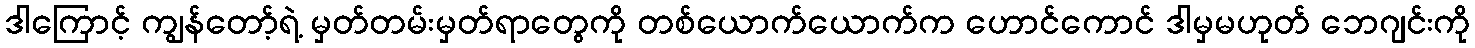
ဒါကြောင့် ကျွန်တော့်ရဲ့ မှတ်တမ်းမှတ်ရာတွေကို တစ်ယောက်ယောက်က ဟောင်ကောင် ဒါမှမဟုတ် ဘေဂျင်းကို